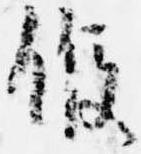
候